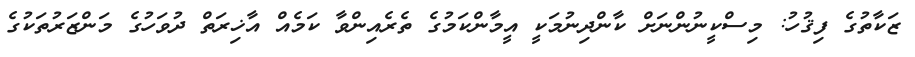
ޒަކާތުގެ ފިޤުހު: މިސްކީނުންނަށް ކާންދިނުމަކީ އީމާންކަމުގެ ތެރެއިންވާ ކަމެއް އާޚިރަތް ދުވަހުގެ މަންޒަރުތަކުގެ